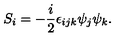
S _ { i } = - \frac { i } { 2 } \epsilon _ { i j k } \psi _ { j } \psi _ { k } .